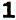
1